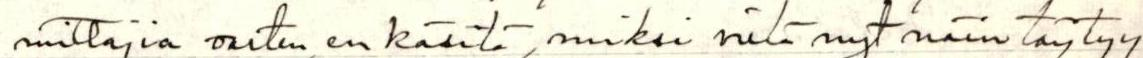
mittajia varten, en käsitä, miksi vielä nyt näin täytyy